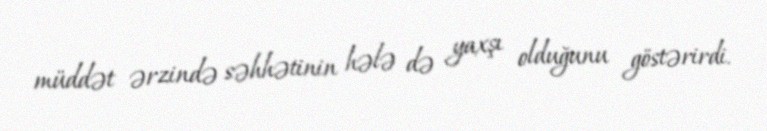
müddət ərzində səhhətinin hələ də yaxşı olduğunu göstərirdi.